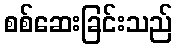
စစ်ဆေးခြင်းသည်